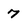
Character: 7